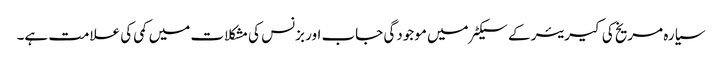
سیارہ مریخ کی کیریئر کے سیکٹر میں موجودگی جاب اور بزنس کی مشکلات میں کمی کی علامت ہے۔